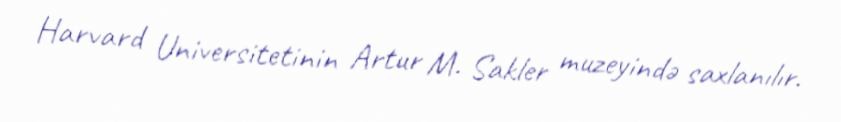
Harvard Universitetinin Artur M. Sakler muzeyində saxlanılır.